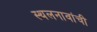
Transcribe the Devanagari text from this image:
स्थलनावांची